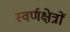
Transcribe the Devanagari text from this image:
स्वर्णक्षेत्रों